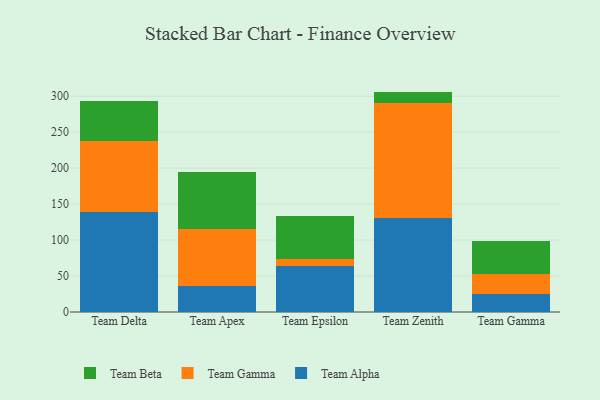
{"axis": {"x": "Team", "y": "Shipments"}, "legend": ["Team Alpha", "Team Beta", "Team Gamma"], "data": [{"x": "Team Delta", "y": 139.2, "type": "Team Alpha"}, {"x": "Team Delta", "y": 99.0, "type": "Team Gamma"}, {"x": "Team Delta", "y": 55.3, "type": "Team Beta"}, {"x": "Team Apex", "y": 36.0, "type": "Team Alpha"}, {"x": "Team Apex", "y": 78.7, "type": "Team Gamma"}, {"x": "Team Apex", "y": 80.1, "type": "Team Beta"}, {"x": "Team Epsilon", "y": 64.0, "type": "Team Alpha"}, {"x": "Team Epsilon", "y": 9.9, "type": "Team Gamma"}, {"x": "Team Epsilon", "y": 59.7, "type": "Team Beta"}, {"x": "Team Zenith", "y": 131.1, "type": "Team Alpha"}, {"x": "Team Zenith", "y": 159.3, "type": "Team Gamma"}, {"x": "Team Zenith", "y": 16.0, "type": "Team Beta"}, {"x": "Team Gamma", "y": 24.7, "type": "Team Alpha"}, {"x": "Team Gamma", "y": 28.7, "type": "Team Gamma"}, {"x": "Team Gamma", "y": 46.0, "type": "Team Beta"}]}